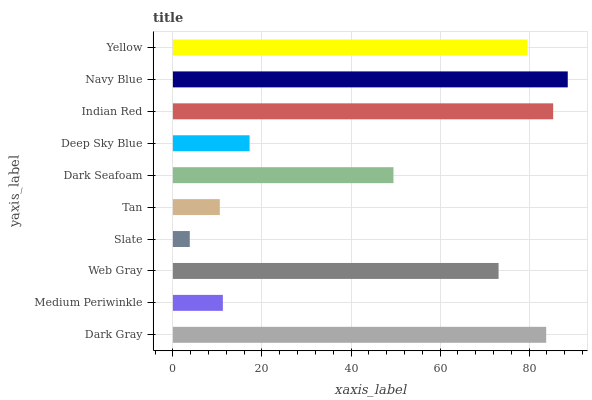
| yaxis_label | bars |
 | --- | --- |
 | Dark Gray | 83.8 |
 | Medium Periwinkle | 11.2 |
 | Web Gray | 73.1 |
 | Slate | 3.79 |
 | Tan | 10.5 |
 | Dark Seafoam | 49.5 |
 | Deep Sky Blue | 17.2 |
 | Indian Red | 85.4 |
 | Navy Blue | 88.7 |
 | Yellow | 79.6 |